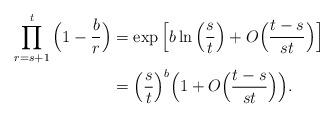
\begin{align*}\prod_{r=s+1}^t \Big(1-\frac{b}{r}\Big)&=\exp\Big[b\ln\Big(\frac{s}{t}\Big)+O\Big(\frac{t-s}{st}\Big)\Big]\\&=\Big(\frac{s}{t}\Big)^b\Big(1+O\Big(\frac{t-s}{st}\Big)\Big).\end{align*}